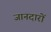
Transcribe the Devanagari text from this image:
जानदारों